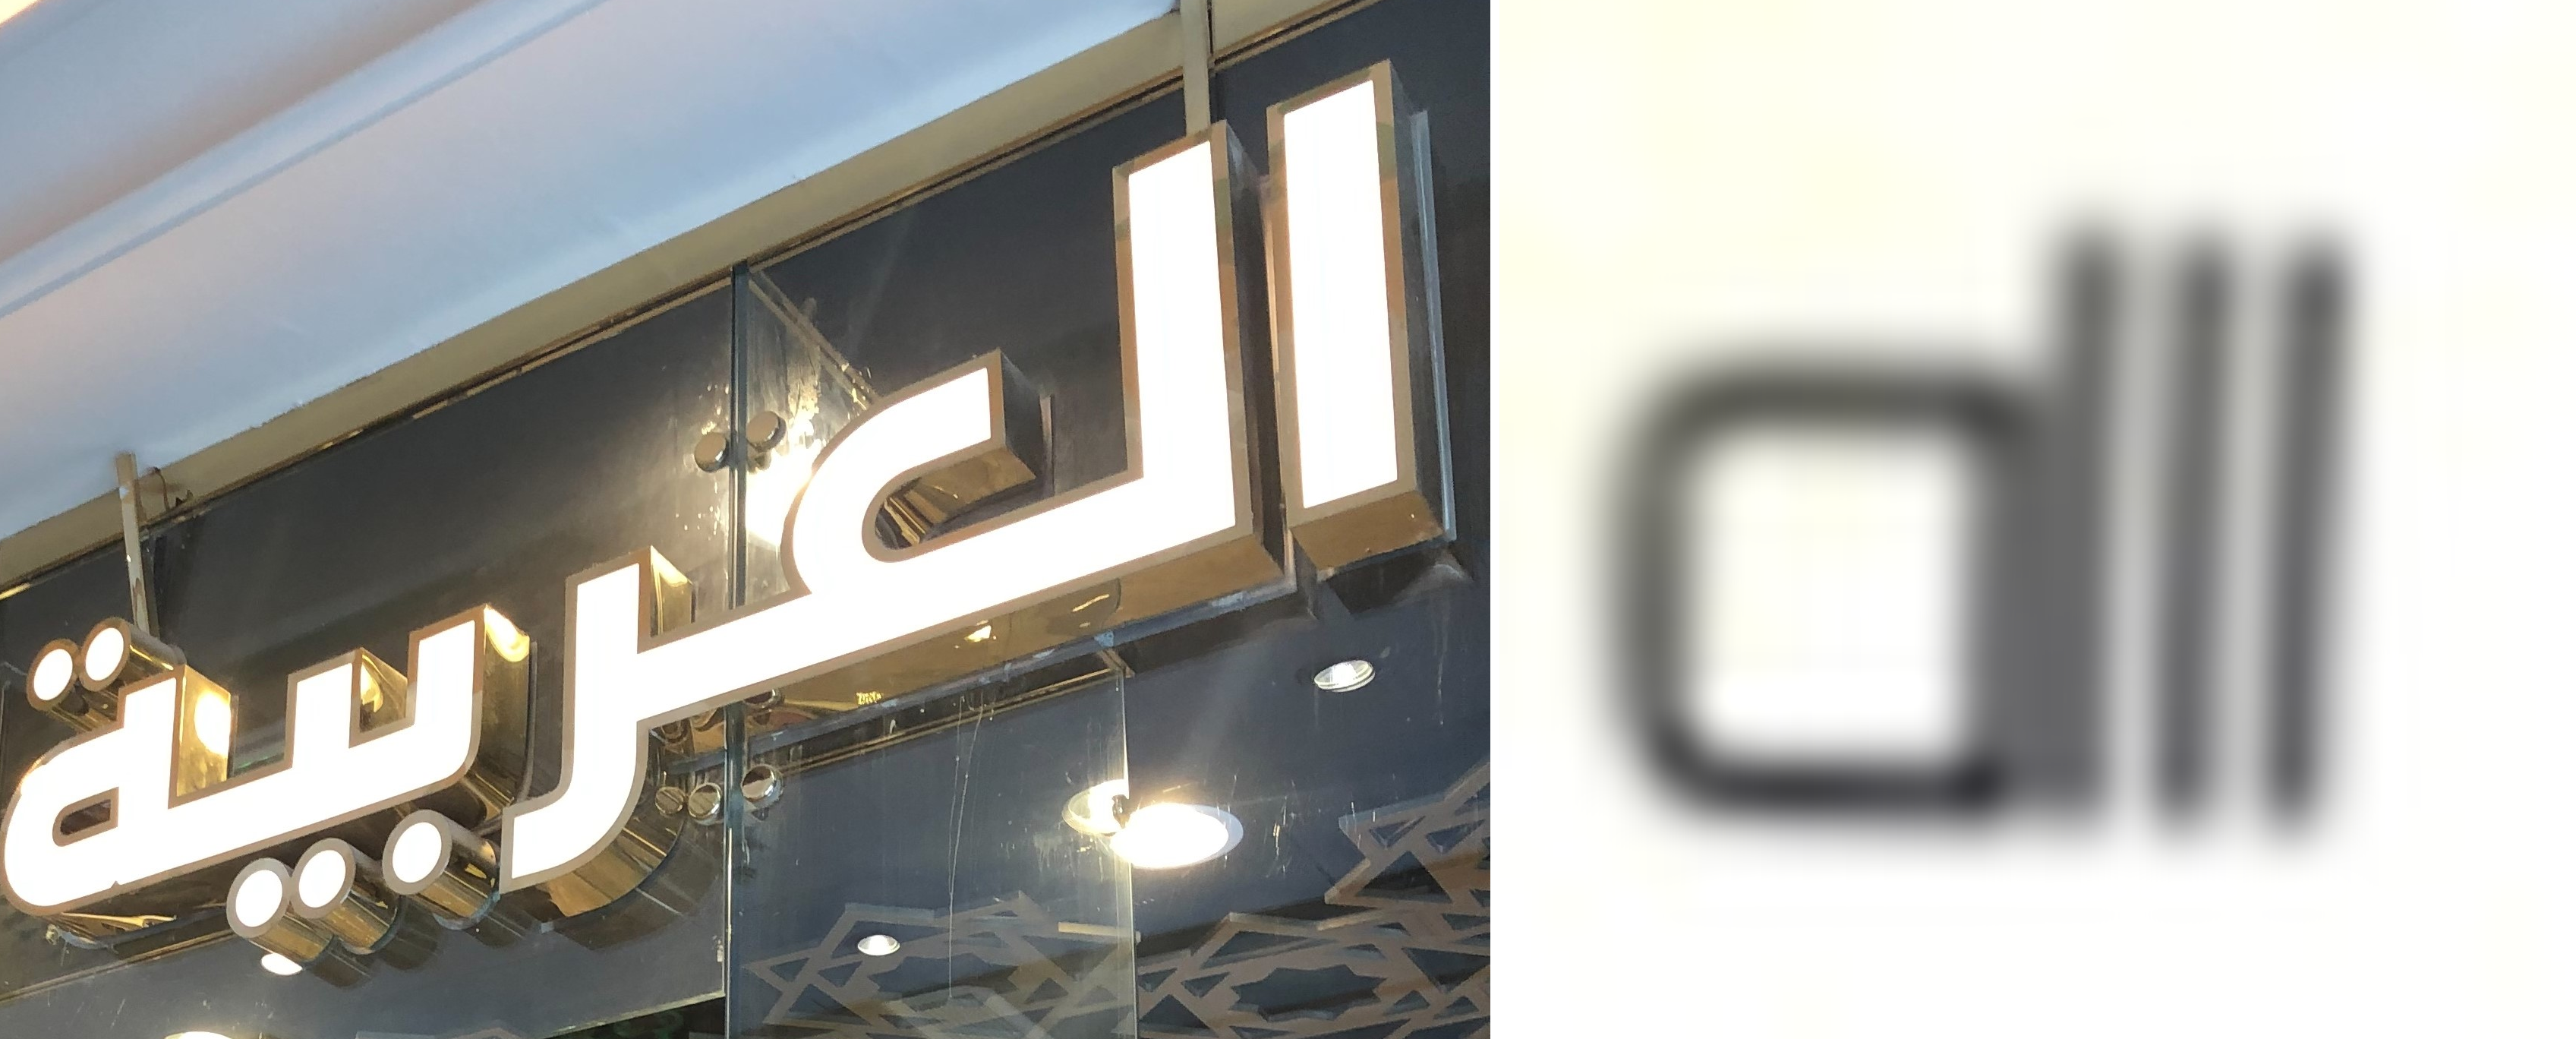
العربية اااه